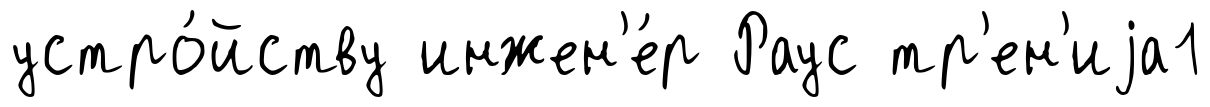
устро́йству инжен'е́р Раус тр'ен'иjа1